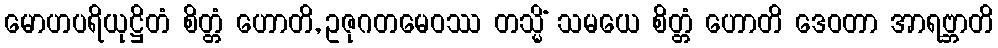
မောဟပရိယုဋ္ဌိတံ စိတ္တံ ဟောတိ, ဥဇုဂတမေဝဿ တသ္မိံ သမယေ စိတ္တံ ဟောတိ ဒေဝတာ အာရဗ္ဘာတိ